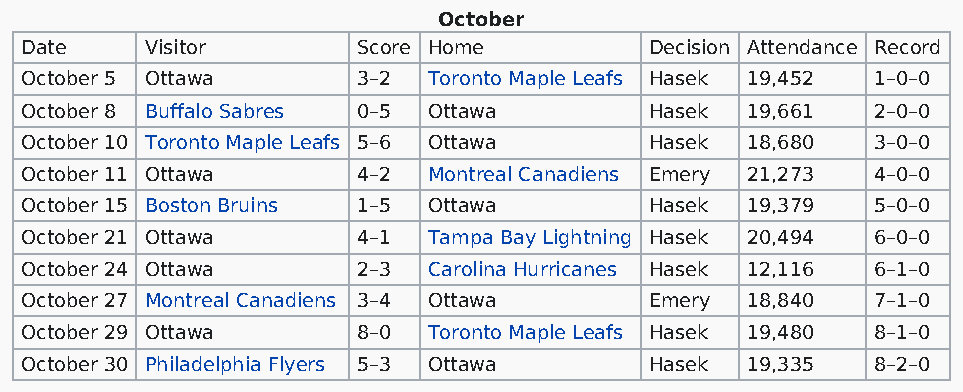
October
 Date     Visitor       Score Home         Decision Attendance Record
 October 5 Ottawa       3–2 Toronto Maple Leafs Hasek 19,452 1–0–0
 October 8 Buffalo Sabres 0–5 Ottawa       Hasek 19,661   2–0–0
 October 10 Toronto Maple Leafs 5–6 Ottawa Hasek 18,680   3–0–0
 October 11 Ottawa      4–2 Montreal Canadiens Emery 21,273 4–0–0
 October 15 Boston Bruins 1–5 Ottawa       Hasek 19,379   5–0–0
 October 21 Ottawa      4–1 Tampa Bay Lightning Hasek 20,494 6–0–0
 October 24 Ottawa      2–3 Carolina Hurricanes Hasek 12,116 6–1–0
 October 27 Montreal Canadiens 3–4 Ottawa  Emery 18,840   7–1–0
 October 29 Ottawa      8–0 Toronto Maple Leafs Hasek 19,480 8–1–0
 October 30 Philadelphia Flyers 5–3 Ottawa Hasek 19,335   8–2–0